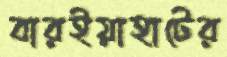
বারইয়াহাটের